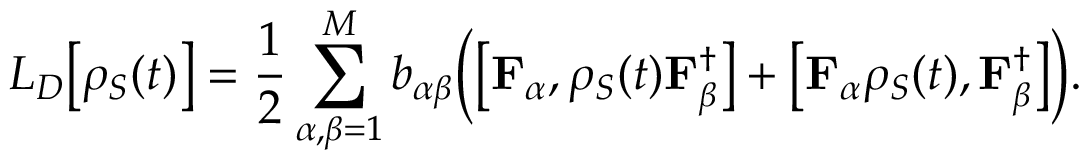
L _ { D } { \big [ } \rho _ { S } ( t ) { \big ] } = { \frac { 1 } { 2 } } \sum _ { \alpha , \beta = 1 } ^ { M } b _ { \alpha \beta } { \Big ( } { \big [ } \mathbf { F } _ { \alpha } , \rho _ { S } ( t ) \mathbf { F } _ { \beta } ^ { \dagger } { \big ] } + { \big [ } \mathbf { F } _ { \alpha } \rho _ { S } ( t ) , \mathbf { F } _ { \beta } ^ { \dagger } { \big ] } { \Big ) } .